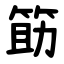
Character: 筯